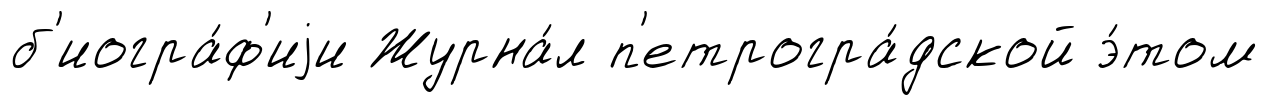
б'иогра́ф'иjи Журна́л п'етрогра́дской э́том